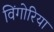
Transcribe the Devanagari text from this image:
विंगोरिया